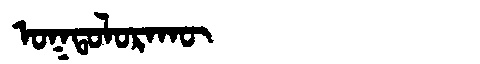
Manchu: ᠣᡴᡨᠣᠯᠣᡵᠠᡴᡡ
Romanization: OKTOLORAKŪ